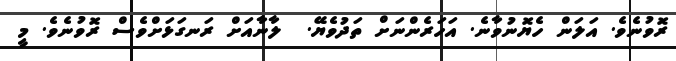
ރޮވުނެވެ. އަލަން ހެޔޮނުވާނެ. އަހަރެންނަށް ތަދުވެޔޭ.  ލާނާއަށް ރަނގަޅަށްވެސް ރޮވުނެވެ. މީ